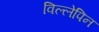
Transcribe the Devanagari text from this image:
विल्लेपिन